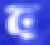
ব